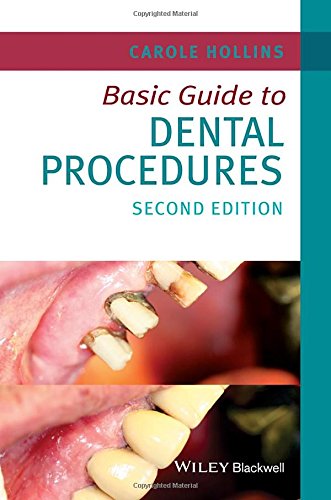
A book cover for Basic Guide to Dental Procedures (Basic Guide Dentistry Series); Carole Hollins; Medical Books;